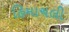
હિમાચલી